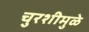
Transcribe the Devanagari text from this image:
चुरशीमुळे